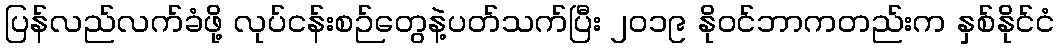
ပြန်လည်လက်ခံဖို့ လုပ်ငန်းစဉ်တွေနဲ့ပတ်သက်ပြီး ၂၀၁၉ နိုဝင်ဘာကတည်းက နှစ်နိုင်ငံ